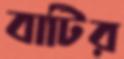
বাটির